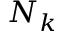
N _ { k }